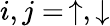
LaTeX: i,j=\, \uparrow,\downarrow